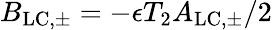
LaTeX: B_{\mathrm{LC,\pm}}=-\epsilon T_{2}A_{\mathrm{LC,\pm}}/2